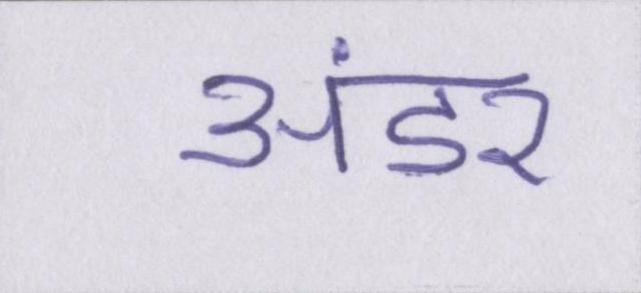
अंडर